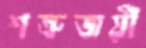
শত্রুজয়ী